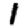
Digit: 1